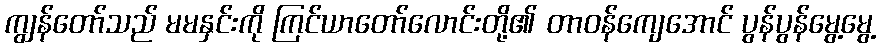
ကျွန်တော်သည် မမနှင်းကို ကြင်ယာတော်လောင်းတို့၏ တာဝန်ကျေအောင် ပွန်ပွန်မွေ့မွေ့